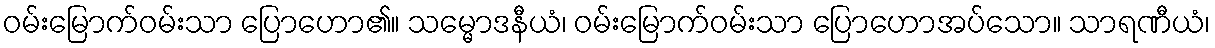
ဝမ်းမြောက်ဝမ်းသာ ပြောဟော၏။ သမ္မောဒနီယံ၊ ဝမ်းမြောက်ဝမ်းသာ ပြောဟောအပ်သော။ သာရဏီယံ၊